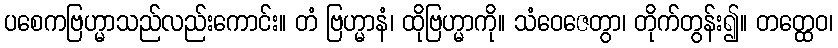
ပစေကဗြဟ္မာသည်လည်းကောင်း။ တံ ဗြဟ္မာနံ၊ ထိုဗြဟ္မာကို။ သံဝေဇေတွာ၊ တိုက်တွန်း၍။ တတ္ထေဝ၊